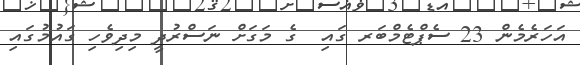
އަހަރެމެން 23 ސެޕްޓެމްބަރ ގައި  ގެ މަގަށް ނަސްރުދީ މިދިވެހި ގައުމުގައި